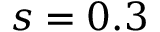
s = 0 . 3